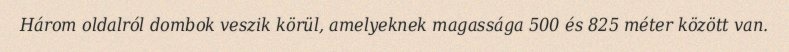
Három oldalról dombok veszik körül, amelyeknek magassága 500 és 825 méter között van.